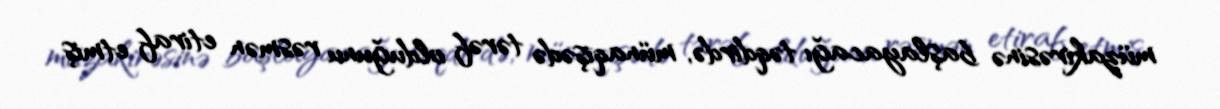
müzakirəsinə başlayacağı təqdirdə, münaqişədə tərəf olduğunu rəsmən etiraf etmiş